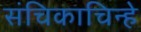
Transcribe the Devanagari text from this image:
संचिकाचिन्हे